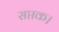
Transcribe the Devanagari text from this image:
सप्तक।